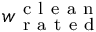
w _ { \mathrm { ~ r ~ a ~ t ~ e ~ d ~ } } ^ { \mathrm { ~ c ~ l ~ e ~ a ~ n ~ } }